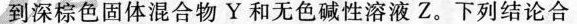
到深棕色固体混合物Y和无色碱性溶液Z。下列结论合